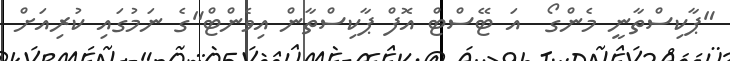
"ޕާކިސްތާނީ މެންގޯ  އަ ޓޭސްޓް އޮފް ޕާކިސްތާން އިވެންޓް"ގެ ނަމުގައި ކުރިއަށް